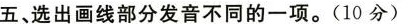
五、选出画线部分发音不同的一项。（10分）